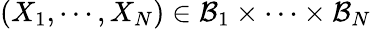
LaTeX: (X_{1},\cdots,X_{N})\in\mathcal{B}_{1}\times\cdots\times\mathcal{B}_{N}